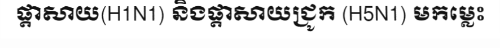
ផ្តាសាយ(H1N1) និងផ្តាសាយជ្រូក (H5N1) មកម្លេះ